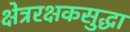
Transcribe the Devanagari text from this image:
क्षेत्ररक्षकसुद्धा